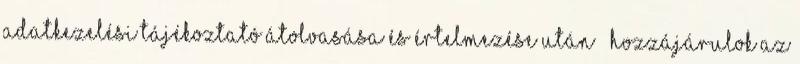
adatkezelési tájékoztató átolvasása és értelmezése után – hozzájárulok az